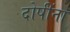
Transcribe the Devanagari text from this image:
दोषींना